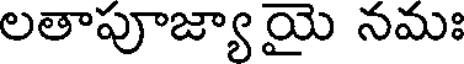
లతాపూజ్యాయై నమః